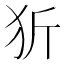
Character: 㹞